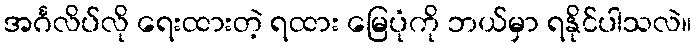
အင်္ဂလိပ်လို ရေးထားတဲ့ ရထား မြေပုံကို ဘယ်မှာ ရနိုင်ပါသလဲ။